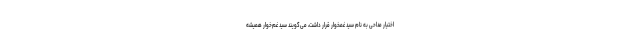
اختیار مداحی به نام سید غمخوار قرار داشت، می‌گویند سید غم‌خوار همیشه